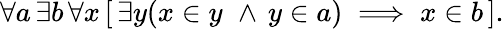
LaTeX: \forall a\, \exists b\, \forall x\, [\, \exists y(x\in y\, \, \land\, y\in a)\implies x\in b\, ].